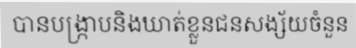
បានបង្ក្រាបនិងឃាត់ខ្លួនជនសង្ស័យចំនួន